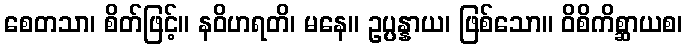
စေတသာ၊ စိတ်ဖြင့်။ နဝိဟရတိ၊ မနေ။ ဥပ္ပန္နာယ၊ ဖြစ်သော။ ဝိစိကိစ္ဆာယစ၊